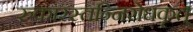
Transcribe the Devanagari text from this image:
रुकारस्तन्निरोधकृत्